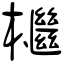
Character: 檵